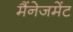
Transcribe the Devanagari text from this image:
मैंनेजमेंट